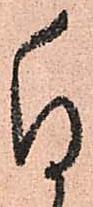
付